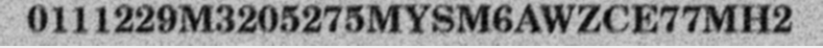
0111229M3205275MYSM6AWZCE77MH2